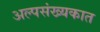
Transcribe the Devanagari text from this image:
अल्पसंख्यकात